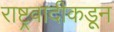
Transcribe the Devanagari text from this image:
राष्ट्रवादीकडून